Trukikaitis_Postimees, lk 65
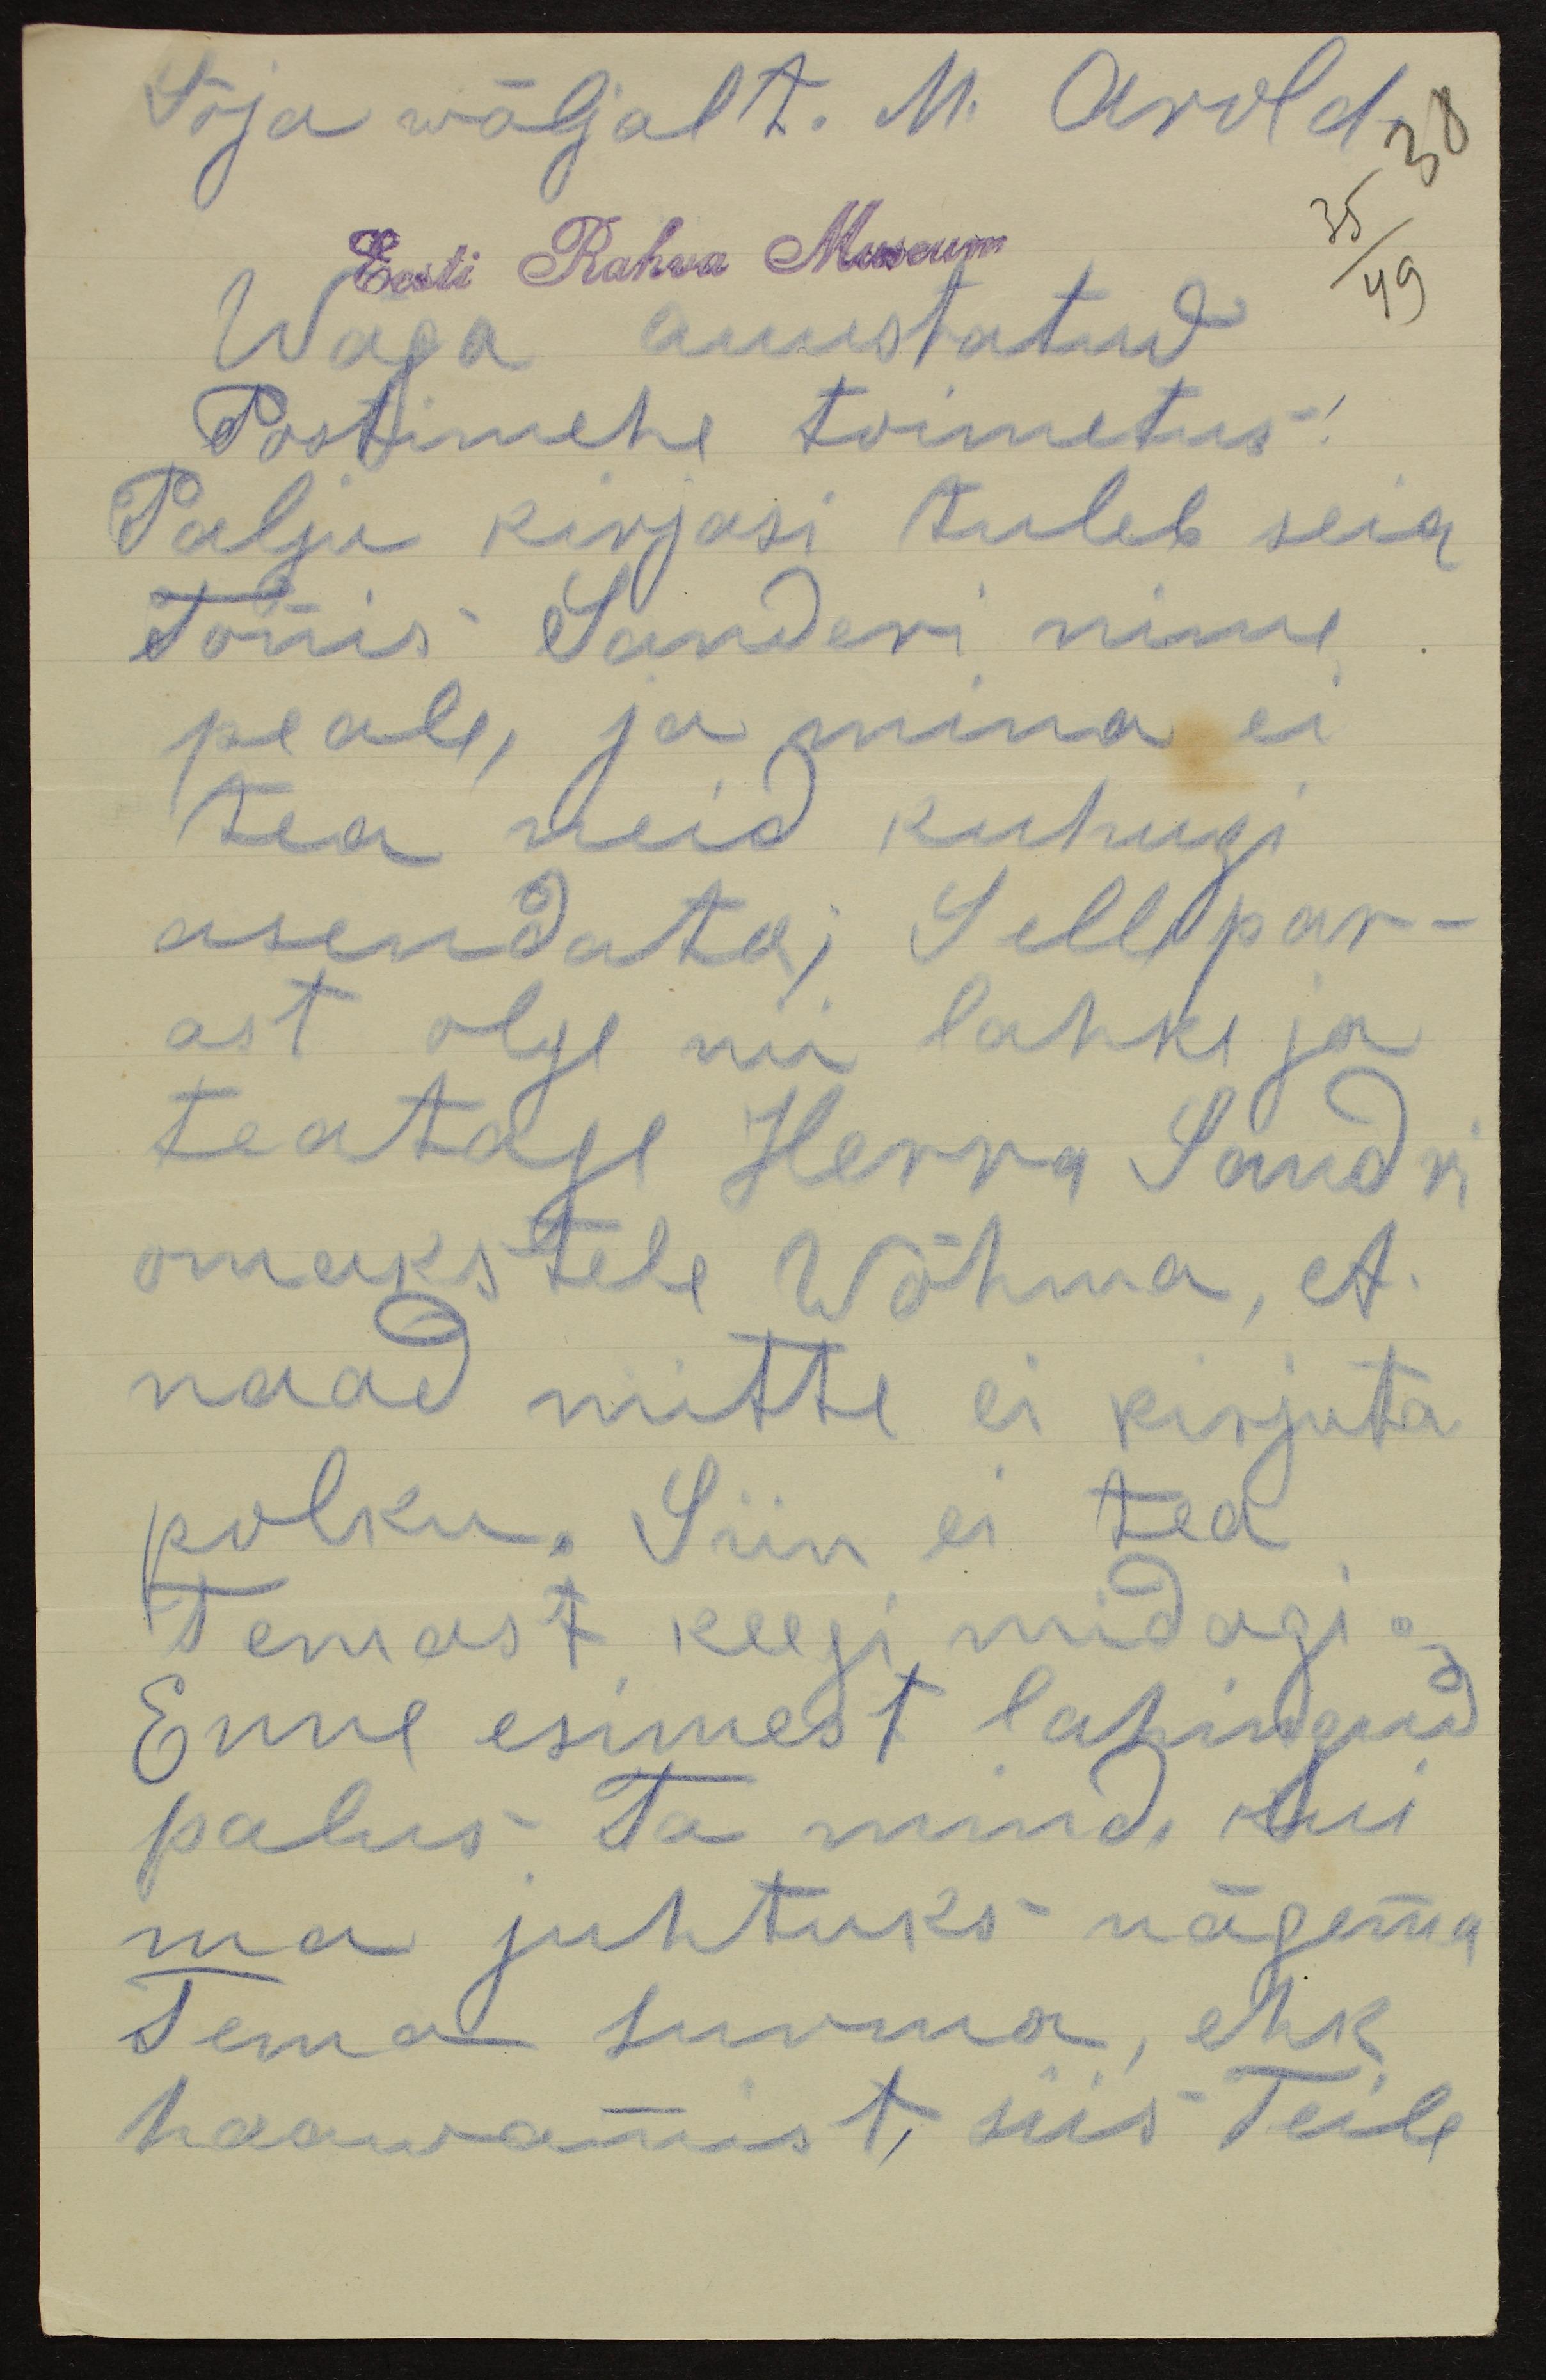
Sõja wäljalt. M. Arold.
38
Eesti Rahva Museum
35
Wäga auustatud
49
Postimehe toimetus!
Palju kirjasi tuleb seia
Tonis Sanderi nime
peale, ja mina ei
tea neid kuhugi
asendata; Sellepar-
ast olge nii lahke ja
teatage Herra Sandri
omakstele Wõhma, et
naad mitte ei kirjuta
polku. Siin ei tea
Temast keegi midagi.
Enne esimest lahingud
palus Ta mind, kui
ma juhtuks nägema
Tema surma, ehk
haawamist, siis Teile